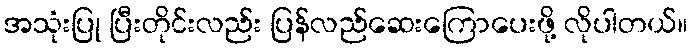
အသုံးပြု ပြီးတိုင်းလည်း ပြန်လည်ဆေးကြောပေးဖို့ လိုပါတယ်။